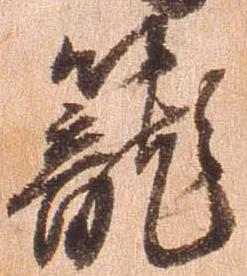
龍